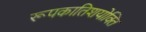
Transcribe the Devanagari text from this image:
रूपकातिशयोक्ति